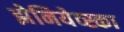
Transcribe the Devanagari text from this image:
झेनियेव्स्का